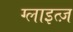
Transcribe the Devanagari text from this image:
ग्लाइत्ज़